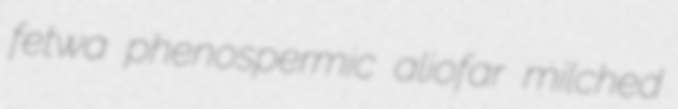
fetwa phenospermic aliofar milched